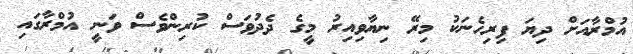
އުމްރާއަށް ދިޔަ ފިރިހެނަކު މިރޭ ނިޔާވިއިރު މީގެ ދެދުވަސް ކުރިންވެސް ވަނީ އުމްރާގައި